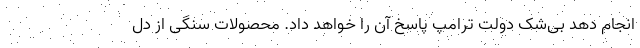
انجام دهد بی‌شک دولت ترامپ پاسخ آن را خواهد داد. محصولات سنگی از دل